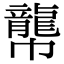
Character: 𪚑